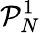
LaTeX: \mathcal{P}_{N}^{1}